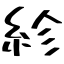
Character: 紾